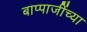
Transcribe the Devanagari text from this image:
बाप्पाजींच्या